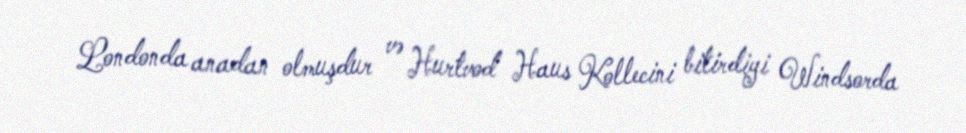
Londonda anadan olmuşdur və Hurtvod Haus Kollecini bitirdiyi Windsorda